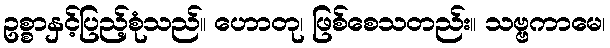
ဥစ္စာနှင့်ပြည့်စုံသည်။ ဟောတု၊ ဖြစ်စေသတည်း။ သဗ္ဗကာမေ၊